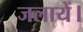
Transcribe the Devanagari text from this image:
जलायें।